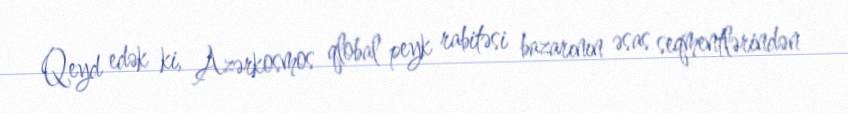
Qeyd edək ki, Azərkosmos qlobal peyk rabitəsi bazarının əsas seqmentlərindən